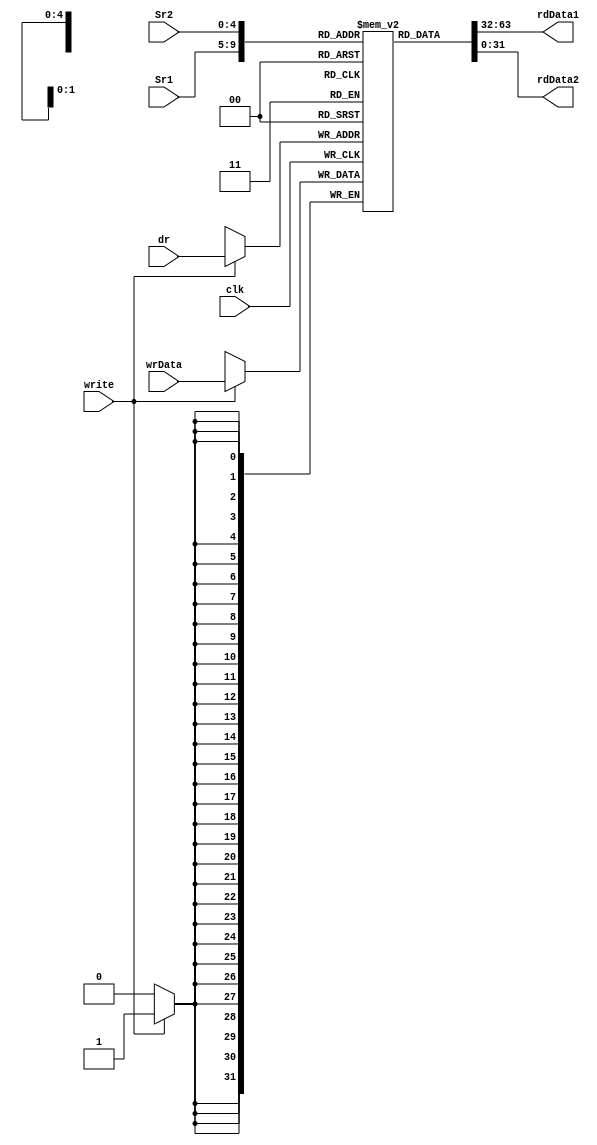
// TYPE : Verilog
// *******************************************************
// DESCRIPTION : 32 cross 32 bit register file
// *******************************************************
// *******************************************************
// *******************************************************


module regbank_32x32 (rdData1, rdData2, wrData, Sr1, Sr2, dr, write, clk);
    
    input write, clk;
    input [4:0] Sr1, Sr2, dr;
    input [31:0] wrData;
    output [31:0] rdData1, rdData2;
    
    reg [31:0] regfile [0:31] ;

    assign rdData1 = regfile[Sr1];
    assign rdData2 = regfile[Sr2];

    always @(posedge clk)
        begin
            if (write)
                begin
                    regfile[dr] <= wrData;
                end
        end
endmodule